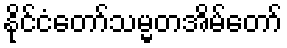
နိုင်ငံတော်သမ္မတအိမ်တော်